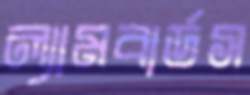
ল্যামবার্ডস